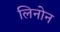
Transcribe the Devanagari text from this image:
लिनोन